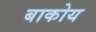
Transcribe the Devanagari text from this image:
बाकोय